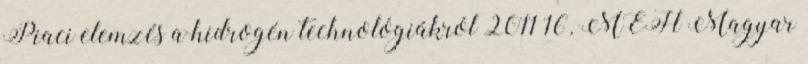
Piaci elemzés a hidrogén technológiákról 2011 16. MEH Magyar